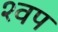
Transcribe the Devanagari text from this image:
श्वप